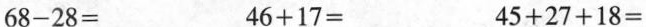
$$6 8 - 2 8 =$$ $$4 6 + 1 7 =$$ $$4 5 + 2 7 + 1 8 =$$